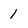
Character: 1